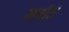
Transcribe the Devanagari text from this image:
सवॉत